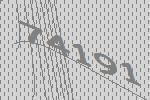
74191